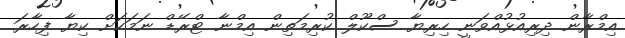
އިމްރާން ދިރިއުޅުއްވަނީ ހިރިޔާ ސްކޫލް ކުރިމަތިން އިމްނާ ޓްރޭޑް ނަމަކަށް ކިޔާ ފިހާރަ